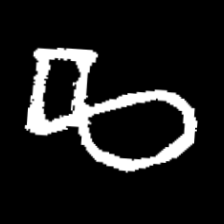
Pyu character \u2014 Myanmar letter: ဆ (romanized: cha)